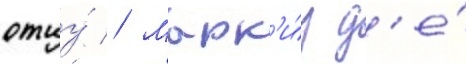
отцу́ // Марк'и́з д'е́